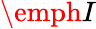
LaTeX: \emph{I}